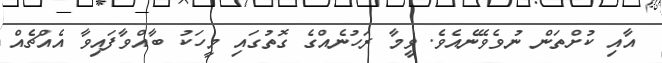
އާއި ކުށްތަން ނުވެވޭނެއެވެ. ވީމާ ރަހުނެއްގެ ގޮތުގައި މީހަކު ބާއްވާފައިވާ އެއްޗެއް